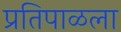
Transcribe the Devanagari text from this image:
प्रतिपाळला